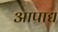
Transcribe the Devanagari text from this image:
आपाद्य